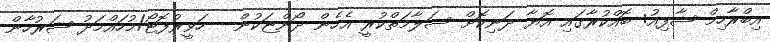
އިބްރާހިމް ޝާފިއު: ބޮއްކުރާގައި އޮޔާ ދަނިކޮށް ސަލާމަތްކުރީ އެހެން ދޯންޏަކުން --ހަވީރުފޮޓޯ/މުހައްމަދު ޝަރުހާން